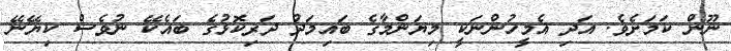
ނޫން ކަމަށެވެ. އަދި އެމީހުންނަކީ މިޔަންމާގެ ބައިމަދު ދަރިކޮޅުގެ ބައެކޭ ނުވެސް ކިޔޭނޭ